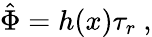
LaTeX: \hat{\Phi}=h(x)\tau_{r}\ ,